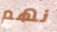
نهم